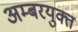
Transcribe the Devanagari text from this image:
अम्बरयुक्त